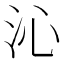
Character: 沁